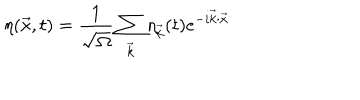
\eta ( \vec { x } , t ) = \frac { 1 } { \sqrt { \Omega } } \sum _ { \vec { k } } \eta _ { \vec { k } } ( t ) e ^ { - i \vec { k } \cdot \vec { x } }